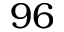
9 6